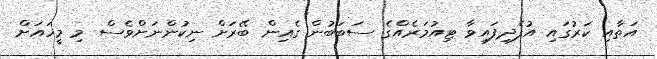
އަތާއި ކަރުގައި އުފެދިފައިވާ ޓިއުމަރެއްގެ ސަބަބުން ގެއިން ބޭރަށް ނިކުންނަށްވެސް މި މީހައަށް